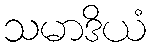
သမာဒိယံ